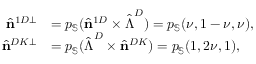
\begin{array} { r l } { \hat { \mathbf { n } } ^ { 1 D \perp } } & { = p _ { \mathbb { S } } ( \hat { \mathbf { n } } ^ { 1 D } \times \hat { \boldsymbol { \Lambda } } ^ { D } ) = p _ { \mathbb { S } } ( \nu , 1 - \nu , \nu ) , } \\ { \hat { \mathbf { n } } ^ { D K \perp } } & { = p _ { \mathbb { S } } ( \hat { \boldsymbol { \Lambda } } ^ { D } \times \hat { \mathbf { n } } ^ { D K } ) = p _ { \mathbb { S } } ( 1 , 2 \nu , 1 ) , } \end{array}